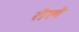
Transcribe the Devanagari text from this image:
तैले